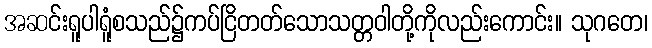
အဆင်းရူပါရူံစသည်၌ကပ်ငြိတတ်သောသတ္တဝါတို့ကိုလည်းကောင်း။ သုဂတေ၊